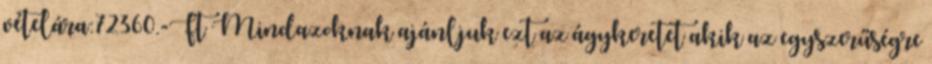
vételára:72360.-Ft Mindazoknak ajánljuk ezt az ágykeretet akik az egyszerűségre